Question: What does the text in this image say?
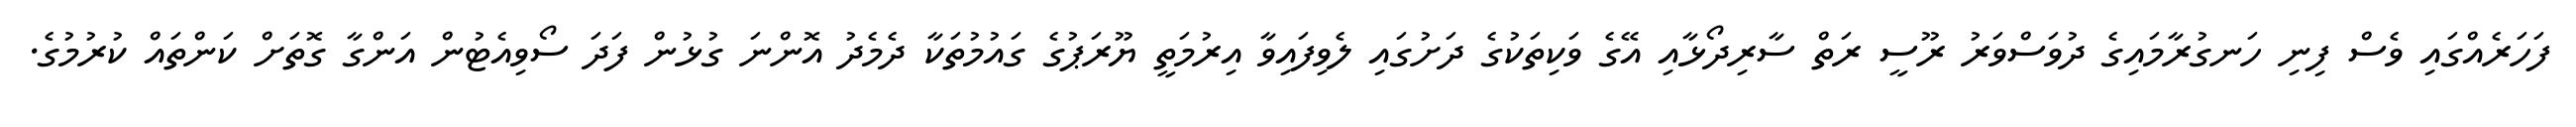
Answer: ފަހަރެއްގައި ވެސް ފިނި ހަނގުރާމައިގެ ދުވަސްވަރު ރޫސީ ރަތް ސާރިދޯޅާއި އޭގެ ވަކިތަކުގެ ދަށުގައި ލެވިފައިވާ އިރުމަތީ ޔޫރަޕުގެ ގައުމުތަކާ ދެމެދު އޮންނަ ގުޅުން ފަދަ ސޯވިއެޓުން އަންގާ ގޮތަށް ކަންތައް ކުރުމުގެ.